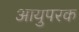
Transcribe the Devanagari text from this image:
आयुपरक